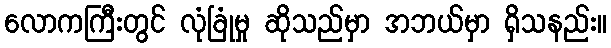
လောကကြီးတွင် လုံခြုံမှု ဆိုသည်မှာ အဘယ်မှာ ရှိသနည်း။